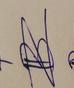
Signature authenticity: forged